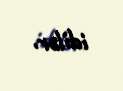
idilər.